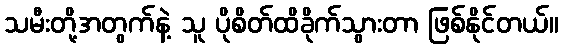
သမီးတို့အတွက်နဲ့ သူ ပိုစိတ်ထိခိုက်သွားတာ ဖြစ်နိုင်တယ်။